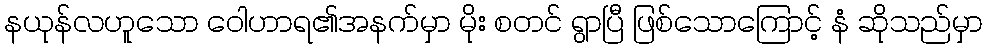
နယုန်လဟူသော ဝေါဟာရ၏အနက်မှာ မိုး စတင် ရွာပြီ ဖြစ်သောကြောင့် နံ ဆိုသည်မှာ